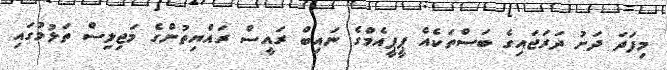
މިފަދަ ދަށު ދަރަޖައިގެ ބަސްތަކެއް ޕީޕީއެމްގެ ނައިބް ރައީސް ރައްޔިތުންގެ މަޖިލިސް ތަޅުމުގައި